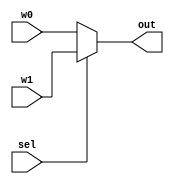
`timescale 1ns / 1ps
//////////////////////////////////////////////////////////////////////////////////
// Company: 
// 
// Design Name: Hamza Ali
// Module Name: Max_2_1_nBit
// Project Name: 
// Target Devices: 
// Tool Versions: 
// Description: 
// 
// Dependencies: 
// 
// Revision:
// Revision 0.01 - File Created
// Additional Comments:
// 
//////////////////////////////////////////////////////////////////////////////////


module Max_2_1_nBit(
    input [31:0] w0,
    input [31:0] w1,
    input  sel,
    output reg [31:0] out
    );
    always@(w0,w1,sel)
    begin
        out = sel ? w1 : w0;
    end
endmodule